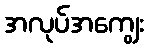
အလုပ်အကျွေး